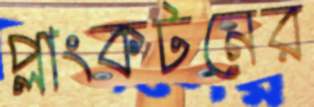
প্লাংকটনের